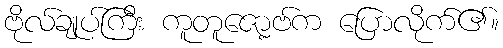
ဗိုလ်ချုပ်ကြီး ကူတူဇော့ဗ်က ပြောလိုက်၏။